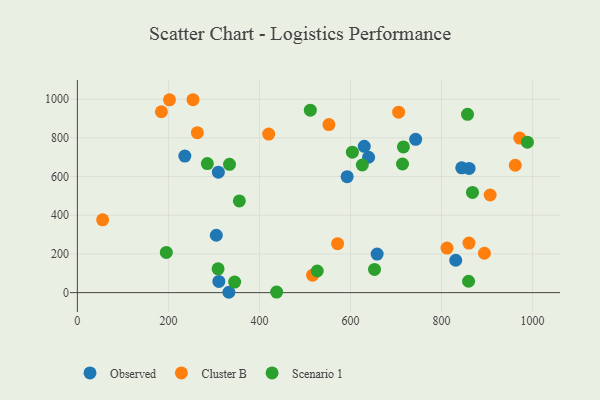
{"axis": {"x": "Experience", "y": "Salary"}, "legend": ["Cluster B", "Observed", "Scenario 1"], "data": [{"x": "639.7", "y": 699.9, "type": "Observed"}, {"x": "309.7", "y": 622.9, "type": "Observed"}, {"x": "844.3", "y": 645.4, "type": "Observed"}, {"x": "743.1", "y": 792.7, "type": "Observed"}, {"x": "236.1", "y": 706.1, "type": "Observed"}, {"x": "658.5", "y": 199.4, "type": "Observed"}, {"x": "332.8", "y": 1.9, "type": "Observed"}, {"x": "305.2", "y": 296.6, "type": "Observed"}, {"x": "592.6", "y": 599.7, "type": "Observed"}, {"x": "310.8", "y": 57.9, "type": "Observed"}, {"x": "831.1", "y": 167.4, "type": "Observed"}, {"x": "630.2", "y": 756.5, "type": "Observed"}, {"x": "860.5", "y": 641.9, "type": "Observed"}, {"x": "254.0", "y": 997.2, "type": "Cluster B"}, {"x": "961.9", "y": 658.5, "type": "Cluster B"}, {"x": "812.0", "y": 230.3, "type": "Cluster B"}, {"x": "184.6", "y": 935.1, "type": "Cluster B"}, {"x": "894.1", "y": 203.6, "type": "Cluster B"}, {"x": "263.6", "y": 827.1, "type": "Cluster B"}, {"x": "705.7", "y": 932.9, "type": "Cluster B"}, {"x": "906.7", "y": 504.8, "type": "Cluster B"}, {"x": "552.6", "y": 868.9, "type": "Cluster B"}, {"x": "516.7", "y": 90.2, "type": "Cluster B"}, {"x": "55.5", "y": 376.4, "type": "Cluster B"}, {"x": "571.6", "y": 253.0, "type": "Cluster B"}, {"x": "860.2", "y": 256.3, "type": "Cluster B"}, {"x": "202.4", "y": 996.9, "type": "Cluster B"}, {"x": "971.7", "y": 799.1, "type": "Cluster B"}, {"x": "420.3", "y": 819.9, "type": "Cluster B"}, {"x": "859.3", "y": 58.8, "type": "Scenario 1"}, {"x": "988.5", "y": 777.9, "type": "Scenario 1"}, {"x": "309.1", "y": 122.9, "type": "Scenario 1"}, {"x": "716.2", "y": 753.4, "type": "Scenario 1"}, {"x": "526.9", "y": 111.9, "type": "Scenario 1"}, {"x": "604.1", "y": 726.2, "type": "Scenario 1"}, {"x": "195.4", "y": 207.7, "type": "Scenario 1"}, {"x": "437.7", "y": 2.8, "type": "Scenario 1"}, {"x": "714.2", "y": 664.9, "type": "Scenario 1"}, {"x": "652.7", "y": 120.2, "type": "Scenario 1"}, {"x": "334.2", "y": 663.3, "type": "Scenario 1"}, {"x": "857.0", "y": 921.6, "type": "Scenario 1"}, {"x": "511.7", "y": 943.4, "type": "Scenario 1"}, {"x": "867.9", "y": 517.8, "type": "Scenario 1"}, {"x": "355.8", "y": 474.1, "type": "Scenario 1"}, {"x": "625.9", "y": 659.7, "type": "Scenario 1"}, {"x": "285.5", "y": 666.9, "type": "Scenario 1"}, {"x": "345.5", "y": 54.8, "type": "Scenario 1"}]}